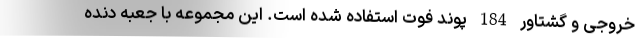
خروجی و گشتاور 184 پوند فوت استفاده شده است. این مجموعه با جعبه دنده